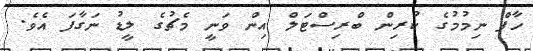
ހާފް ނިމުމުގެ ކުރިން ބްރިސްޓަލް އިން ވަނީ މެޗުގެ ލީޑު ނަގާފަ އެވެ.